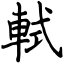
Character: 軾